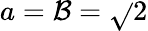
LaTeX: a=\mathcal{B}={\sqrt{}{{2}}}